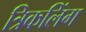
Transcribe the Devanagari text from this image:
त्रिकलिंग